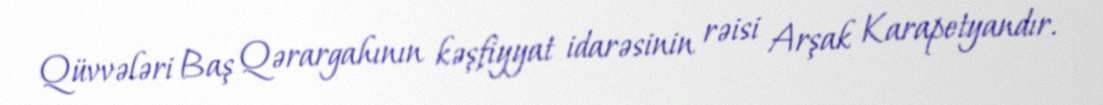
Qüvvələri Baş Qərargahının kəşfiyyat idarəsinin rəisi Arşak Karapetyandır.